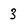
Character: 3